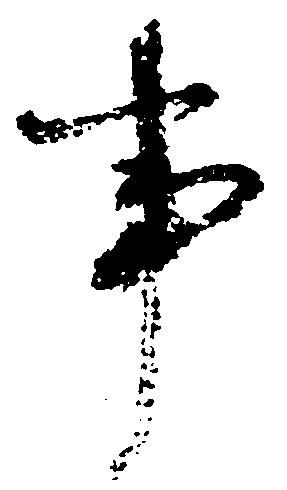
事